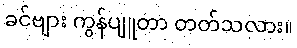
ခင်ဗျား ကွန်ပျူတာ တတ်သလား။